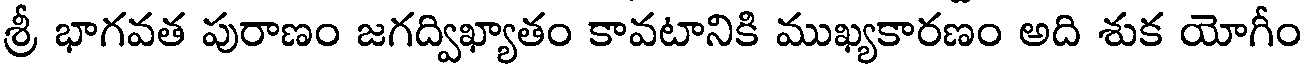
శ్రీ భాగవత పురాణం జగద్విఖ్యాతం కావటానికి ముఖ్యకారణం అది శుక యోగీం